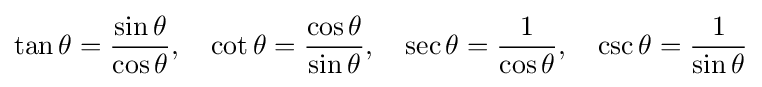
\tan \theta ={\frac {\sin \theta }{\cos \theta }},\quad \cot \theta ={\frac {\cos \theta }{\sin \theta }},\quad \sec \theta ={\frac {1}{\cos \theta }},\quad \csc \theta ={\frac {1}{\sin \theta }}